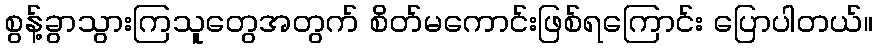
စွန့်ခွာသွားကြသူတွေအတွက် စိတ်မကောင်းဖြစ်ရကြောင်း ပြောပါတယ်။